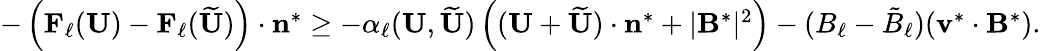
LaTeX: \begin{array}{r}{-\left(\mathbf{F}_{\ell}(\mathbf{U})-\mathbf{F}_{\ell}(\widetilde{\mathbf{U}})\right)\cdot\mathbf{n}^{*}\ge-\alpha_{\ell}(\mathbf{U},\widetilde{\mathbf{U}})\left((\mathbf{U}+\widetilde{\mathbf{U}})\cdot\mathbf{n}^{*}+|\mathbf{B}^{*}|^{2}\right)-(B_{\ell}-\tilde{B}_{\ell})(\mathbf{v}^{*}\cdot\mathbf{B}^{*}).}\end{array}